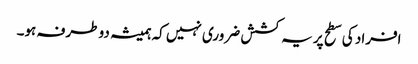
افراد کی سطح پر یہ کشش ضروری نہیں کہ ہمیشہ دو طرفہ ہو۔